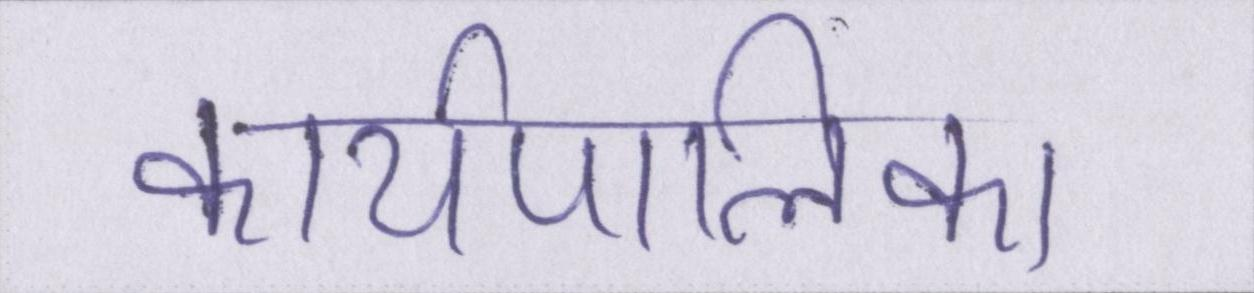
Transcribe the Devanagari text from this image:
कार्यपालिका